Tartu_pedagoogiumi_aruanded, lk 53
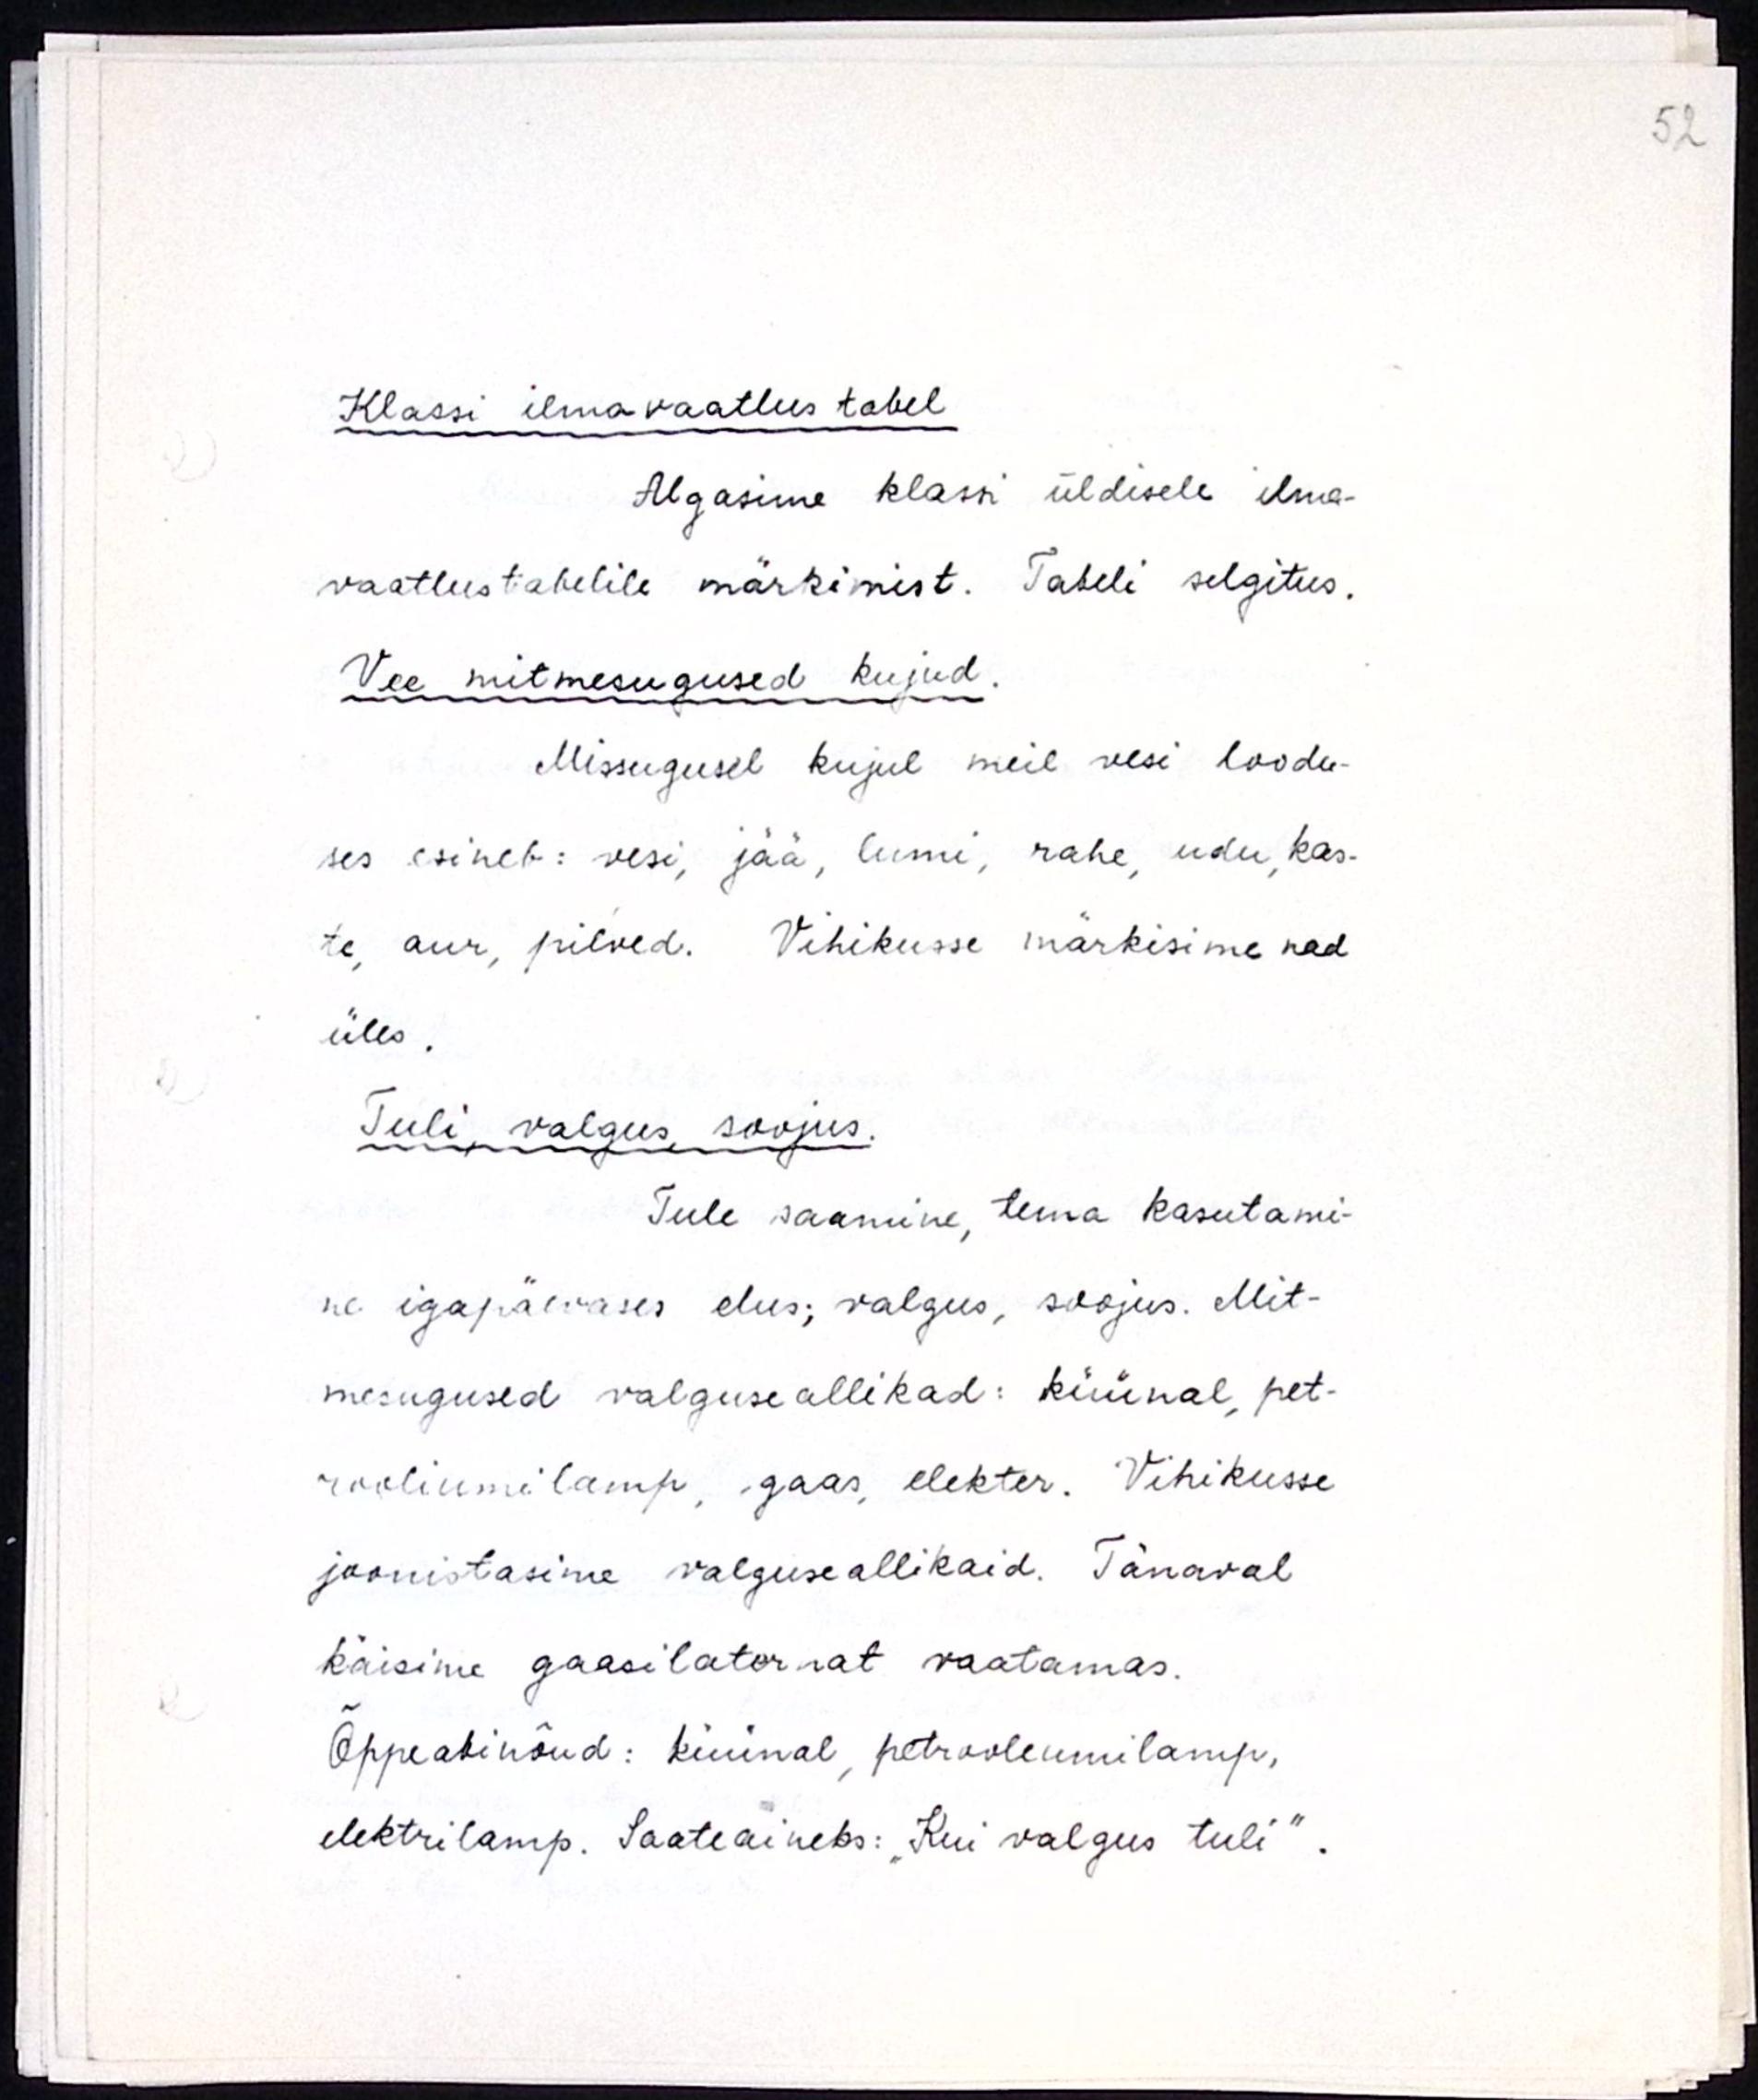
Klassi ilmavaatlus tabel
Algasime klassi üldisele ilma-
vaatlustabelile märkimist. Tabeli selgitus.
Vee mitmesugused kujud.
Missugusel kujul meie vesi loodu-
ses esined: vesi, jää, lumi, rahe, udu, kas-
te, aur, pilved. Vihikusse märkisime nad
üles.
Tuli, valgus, soojus.
Tule saamine, tema kasutami-
ne igapäevases elus; valgus, soojus. Mit-
mesugused valguseallikad: küünal, pet-
rooliumilamp, gaas, elekter. Vihikusse
joonistasime valguseallikaid. Tänaval
käisime gaasilaternat vaatamas.
Õppeabinõud: küünal, petrooleumlamp,
elektrilamp. Saateaineks: "Kui valgus tuli".